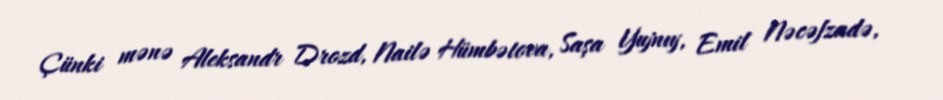
Çünki mənə Aleksandr Drozd, Nailə Hümbətova, Saşa Yujnıy, Emil Nəcəfzadə,